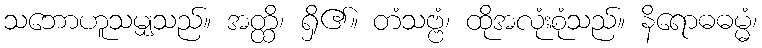
သဘောဟူသမျှသည်။ အတ္ထိ၊ ရှိ၏။ တံသဗ္ဗံ၊ ထိုအလုံးစုံသည်။ နိရောဓဓမ္မံ၊